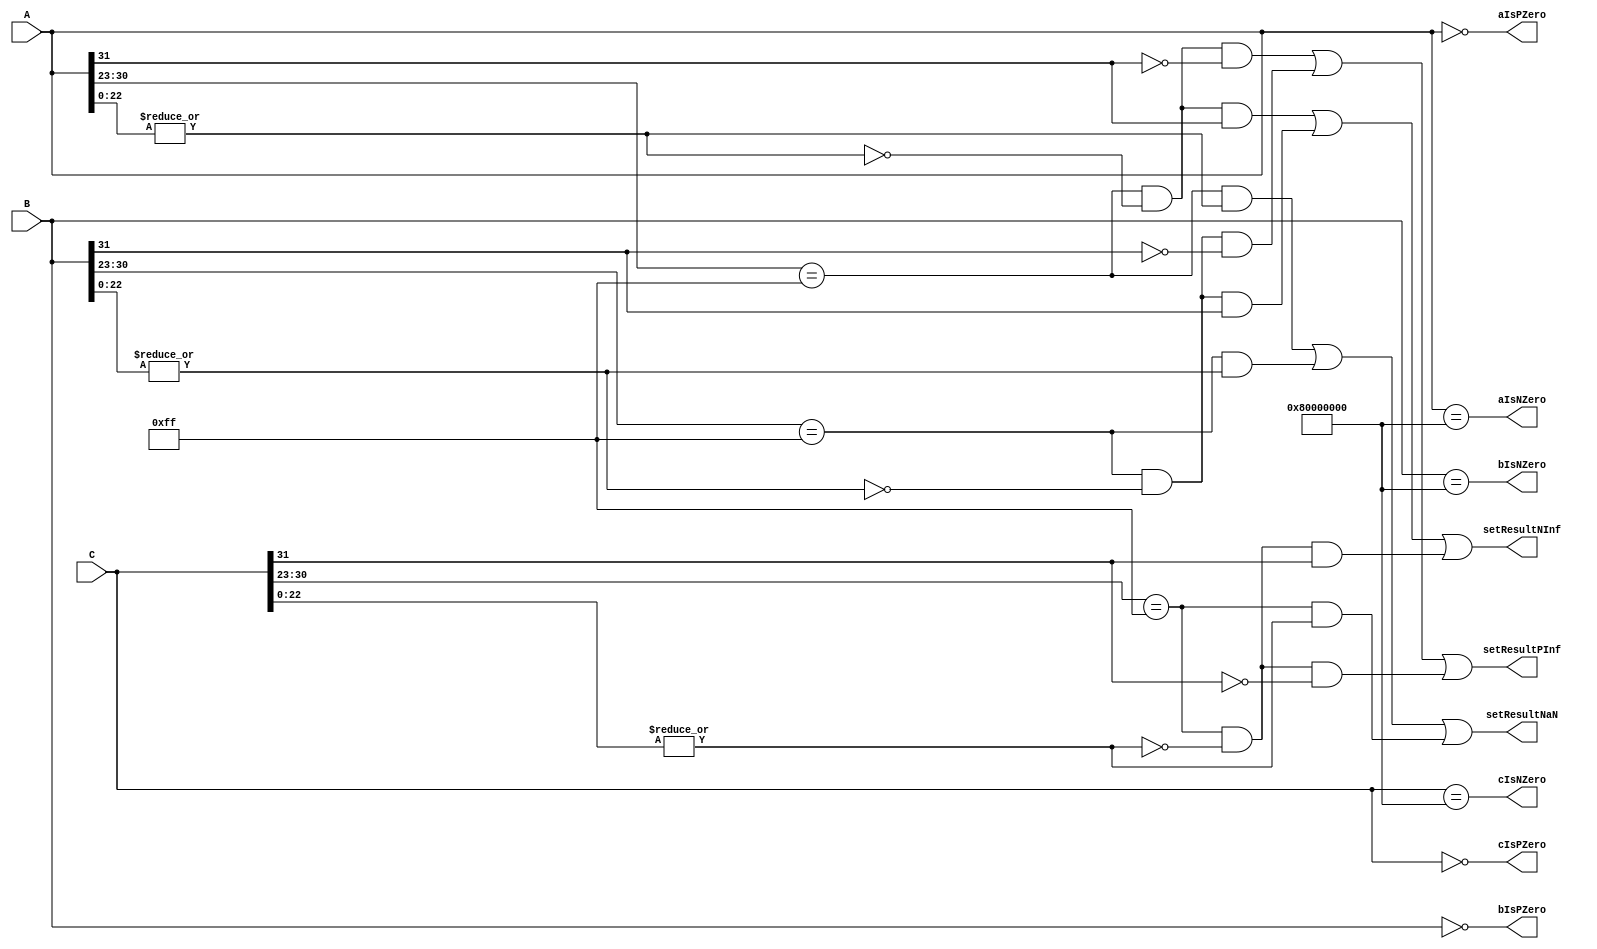

module fpSpecialCases(A,B,C, aIsPZero, aIsNZero, bIsPZero, bIsNZero, cIsPZero,
                    cIsNZero, setResultNaN, setResultPInf, setResultNInf);
  //Detect FP special cases from input FP operands and raise 
  //relavent flags
   
    //Parameters
  parameter WIDTH=32; //32 or 64
  parameter EXP_WIDTH=8;
  parameter SIG_WIDTH=23;
  parameter BIAS=127;

   //I/O decalarations
  input [WIDTH-1:0] A,B,C;
  output               aIsPZero, bIsPZero, cIsPZero;
  output               aIsNZero, bIsNZero, cIsNZero;
  output setResultNaN, setResultPInf, setResultNInf;
  
  
  //Zero Values
  assign aIsPZero = (A == 0);                          //A=0000.....0
  assign bIsPZero = (B == 0);
  assign cIsPZero = (C == 0);
  assign aIsNZero = (A == {1'b1,{(WIDTH-1){1'b0}}});   //A=1000.....0
  assign bIsNZero = (B == {1'b1,{(WIDTH-1){1'b0}}});   //B=1000.....0
  assign cIsNZero = (C == {1'b1,{(WIDTH-1){1'b0}}});   //C=1000.....0
    
  //NaN Values  
  wire aNaN, bNaN, cNaN;
  assign aNaN = (A[WIDTH-2:WIDTH-EXP_WIDTH-1]=={EXP_WIDTH{1'b1}}) & (|A[SIG_WIDTH-1:0]);
  assign bNaN = (B[WIDTH-2:WIDTH-EXP_WIDTH-1]=={EXP_WIDTH{1'b1}}) & (|B[SIG_WIDTH-1:0]);
  assign cNaN = (C[WIDTH-2:WIDTH-EXP_WIDTH-1]=={EXP_WIDTH{1'b1}}) & (|C[SIG_WIDTH-1:0]);
  
  assign setResultNaN = aNaN | bNaN  | cNaN;
  
  //Inf Values
  wire aIsPInf, bIsPInf, cIsPInf;
  wire aIsNInf, bIsNInf, cIsNInf;
  assign aIsPInf = (A[WIDTH-2:WIDTH-EXP_WIDTH-1]=={EXP_WIDTH{1'b1}}) & (~|A[SIG_WIDTH-1:0]) & ~A[WIDTH-1];
  assign bIsPInf = (B[WIDTH-2:WIDTH-EXP_WIDTH-1]=={EXP_WIDTH{1'b1}}) & (~|B[SIG_WIDTH-1:0]) & ~B[WIDTH-1];
  assign cIsPInf = (C[WIDTH-2:WIDTH-EXP_WIDTH-1]=={EXP_WIDTH{1'b1}}) & (~|C[SIG_WIDTH-1:0]) & ~C[WIDTH-1];
  
  assign aIsNInf = (A[WIDTH-2:WIDTH-EXP_WIDTH-1]=={EXP_WIDTH{1'b1}}) & (~|A[SIG_WIDTH-1:0]) & A[WIDTH-1];
  assign bIsNInf = (B[WIDTH-2:WIDTH-EXP_WIDTH-1]=={EXP_WIDTH{1'b1}}) & (~|B[SIG_WIDTH-1:0]) & B[WIDTH-1];
  assign cIsNInf = (C[WIDTH-2:WIDTH-EXP_WIDTH-1]=={EXP_WIDTH{1'b1}}) & (~|C[SIG_WIDTH-1:0]) & C[WIDTH-1];
  
  assign setResultPInf = aIsPInf | bIsPInf | cIsPInf;
  assign setResultNInf = aIsNInf | bIsNInf | cIsNInf;
  
endmodule